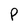
Character: P